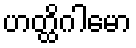
ဟတ္ထိဂါမော